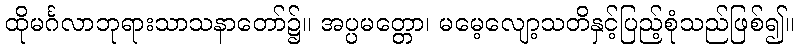
ထိုမင်္ဂလာဘုရားသာသနာတော်၌။ အပ္ပမတ္တော၊ မမေ့လျော့သတိနှင့်ပြည့်စုံသည်ဖြစ်၍။